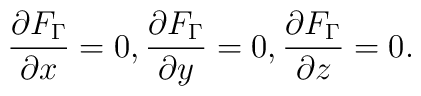
\frac{\partial F_{\Gamma }}{\partial x} =0, \frac{\partial F_{\Gamma}}{\partial y} =0,\frac{\partial F_{\Gamma }}{\partial z} =0.